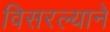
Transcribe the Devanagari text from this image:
विसरल्याने